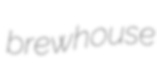
brewhouse